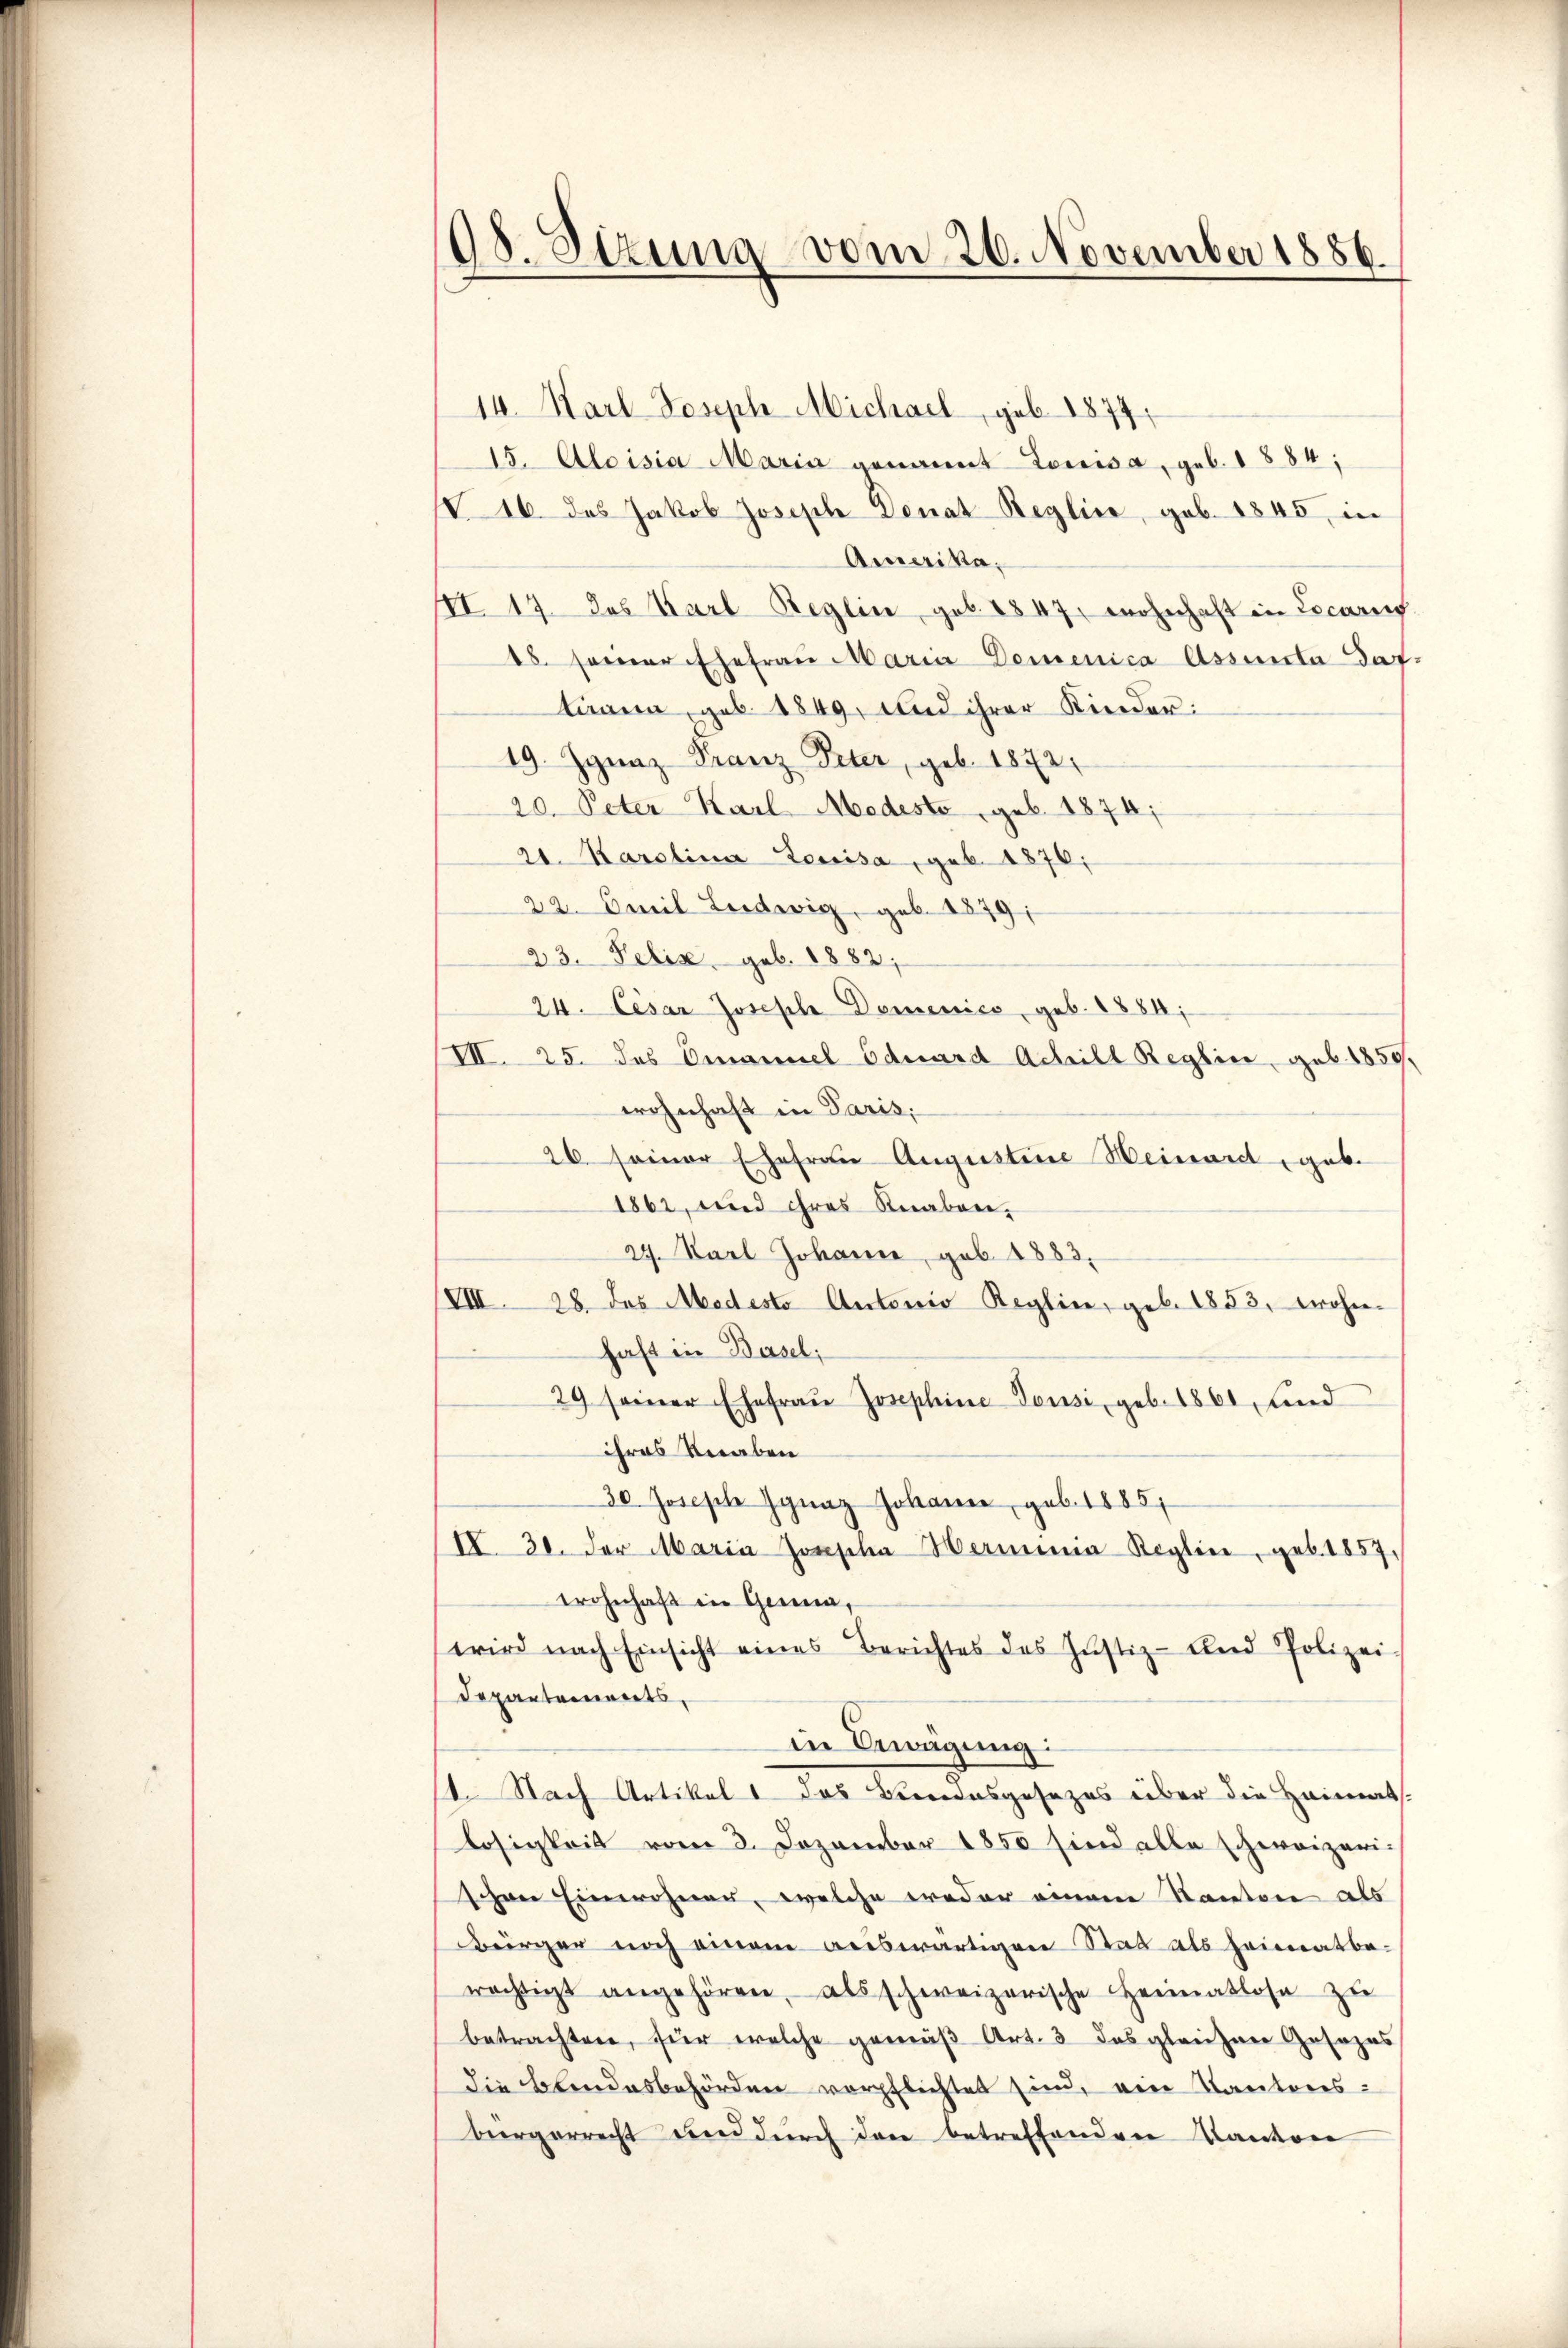
198. Sitzung vom 26. November 1886.

14. Karl Joseph Michael, geb. 1874.
15. Aloisia Maria genannt Lowisa, geb. 1884,
16. des Jakob Joseph Donat Reglice, geb. 1845, in
Amerika.
II 17 des Karl Reglin geb. 1847, wohnhaft in Locarif
15. seiner Ehefraŭ Maria Demenica Assenta daf
tägen, geb. 1849, und ihrer Kinder:
19. Jgnaz Franz Peter, geb. 1872
20. Peter Karl Modesto geb. 1874;
21. Karolina Lowisa, geb. 1876;
22. Amil Leidwig, geb. 1879;
23. Felix geb. 1882,
24. Cesar Joseph Domenico, geb. 1884;
III. 25. das Emanuel Eduard Achill Reglice geb. 1859,
wohnhaft in Paris;
26 seiner Ehefrau Augustine Weinant, gebe
1862, und ihres Knaben,
24. Karl Johann, geb. 1883.
IVIII. 28. des Medesto Antonio Reglin, geb. 1853, wohn-
haft in Basel;
29 seiner Ehefrau Josephine Tousi, geb. 1861, und
ihres Veraben
30. Joseph Ignaz Johanne, geb. 1885/
II. 30. der Maria Jonscha Hemmnia Reglin, geb. 1857,
wohnhaft in Genan
wird nach Einsicht eines Berichtes des Justiz- und Polizei-
Departements,
in Erwägung:
1. Nach Artikel das Beendesgesezes über die Heimats-
losigkeit vom 3. Dezember 1850 sind alle schweizeri-
schwer Einwohner, welche weder einem Kantone als
Bürger noch einem auswärtigen Stat als heimatbe-
rächtigt angehören, als schweizerische Heimatlose zu
betrachten, für welche gemäß Art. 3 das gleichen Gesezes
die Blindesbehörden verpflichtet sind, eine Kantonsbürgerrecht und durch den betreffenden Kanton